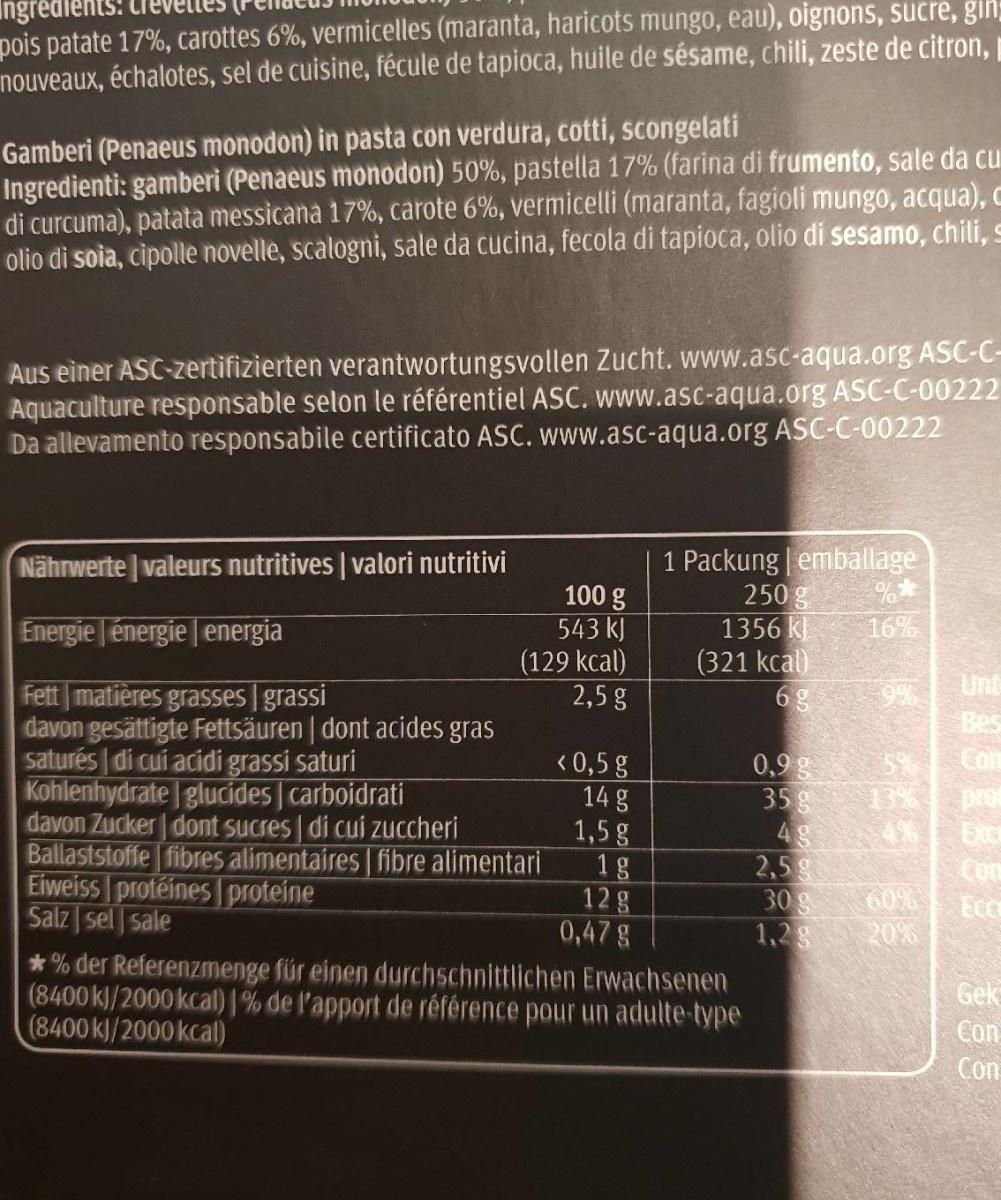
pois patate 17%, carottes 6%, vermicelles (maranta, haricots mungo, eau), oignons, sucre, gih nouveaux, échalotes, sel de cuisine, fécule de tapioca, huile de sésame, chili, zeste de citron,
Ingri
Gamberi (Penaeus monodon) in pasta con verdura, cotti, scongelati Ingredienti: gamberi (Penaeus monodon) 50%, pastella 17% (farina di frumento, sale da cu di curcuma), patata messicana 17%, carote 6%, vermicelli (maranta, fagioli mungo, acqua), C olio di soia, cipolle novelle, scalogni, sale da cucina, fecola di tapioca, olio di sesamo, chili, s
Aus einer ASC-zertifizierten verantwortungsvollen Zucht. www.asc-aqua.org ASC-C- Aquaculture responsable selon le référentiel ASC. www.asc-aqua.org ASC-C-00222 Da allevamento responsabile certificato ASC. www.asc-aqua.org ASC-C-00222
1 Packung | emballage 250g 1356 k (321 kcal) 6g
Nährwerte valeurs nutritives | valori nutritivi
100 g 543 kJ (129 kcal) 2,5 g
Energie énergie energia
16%
Fett matières grasses grassi
Unt
davon gesättigte Fettsäuren | dont acides gras
Bes
Com
saturés di cui acidi grassi saturi Kohlenhydrate glucides carboidrati
< 0,5 g 14 g 1,5g 1g 12g 0,47g
0,9g 35g
5% 13%
pro 4% Com 60% 20%
davon Zucker dont sucres di cui zuccheri
Ballaststoffe fibres alimentaires fibre alimentari
Eiweiss protéines proteine Salz | sel sale
2,5 30g 1,28
*% der Referenzmenge für einen durchschnittlichen Erwachsenen (8400 kJ/2000 kcal)1% de l'apport de référence pour un adulte-type (8400 kJ/2000 kcal)
Gek
Con
Con